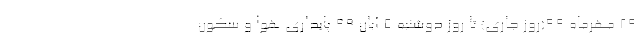
۲۹ مهرماه ۹۹(روز جاری) تا روز دوشنبه ۵ آبان ۹۹ پایداری هوا و سکون